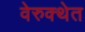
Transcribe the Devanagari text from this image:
वेरुक्थेत